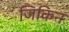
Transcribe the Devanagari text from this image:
जिकिन